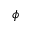
\phi